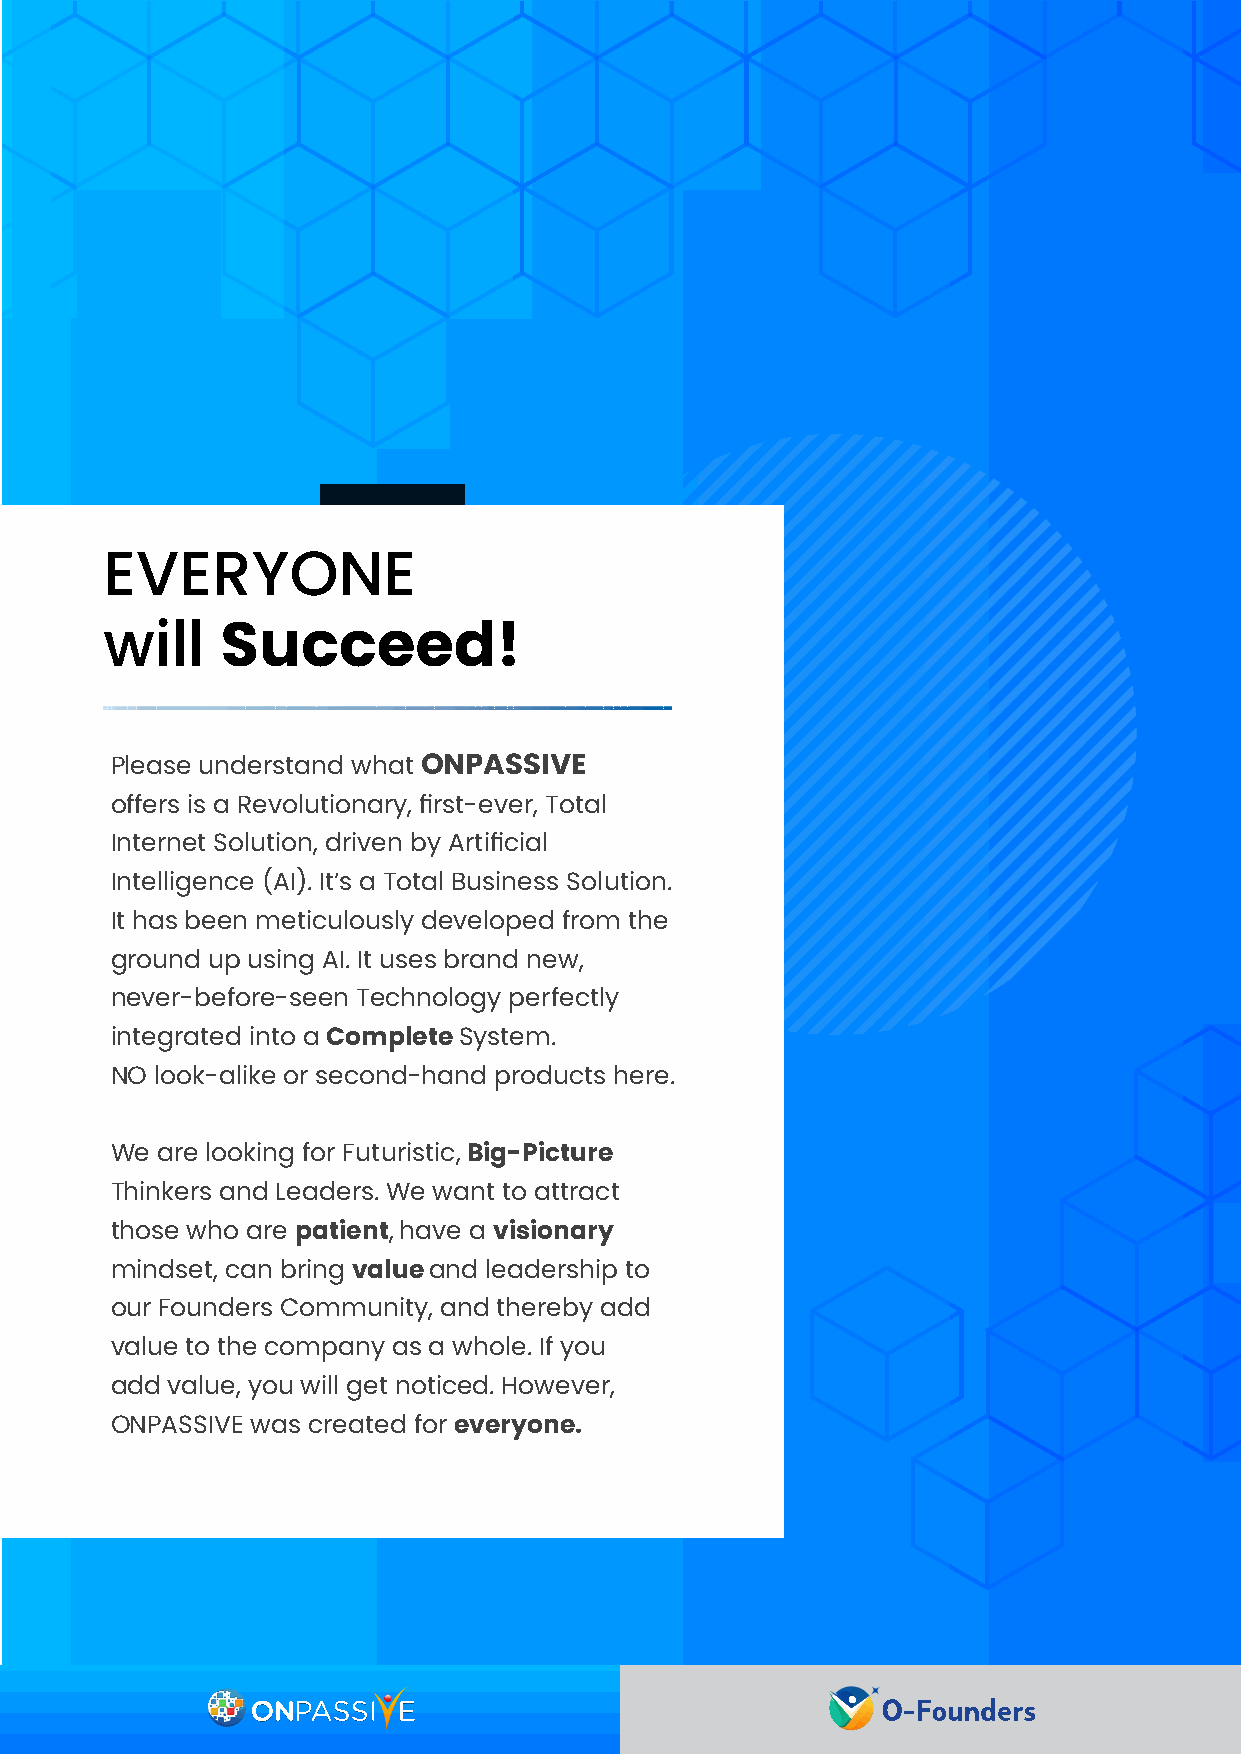
EVERYONE
 will    Succeed!
 Please understand what ONPASSIVE
 offers is a Revolutionary, first-ever, Total
 Internet Solution, driven by Artificial
 Intelligence (AI). It’s a Total Business Solution.
 It has been meticulously developed from the
 ground up using AI. It uses brand new,
 never-before-seen Technology perfectly
 integrated into a Complete System.
 NO look-alike or second-hand products here.
 We are looking for Futuristic, Big-Picture
 Thinkers and Leaders. We want to attract
 those who are patient, have a visionary
 mindset, can bring value and leadership to
 our Founders Community, and thereby add
 value to the company as a whole. If you
 add value, you will get noticed. However,
 ONPASSIVE was created for everyone.